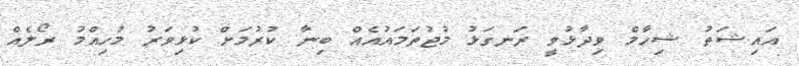
އައިޝަތު ޝިހާމް ވިދާޅުވީ ރަނގަޅު މުޖުތަމައުއެއް ބިނާ ކުރުމަށް ކުޅިވަރު މުހިއްމު ރޯލެއް